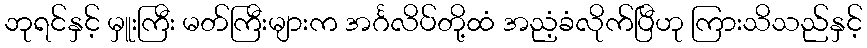
ဘုရင်နှင့် မှူးကြီး မတ်ကြီးများက အင်္ဂလိပ်တို့ထံ အညံ့ခံလိုက်ပြီဟု ကြားသိသည်နှင့်